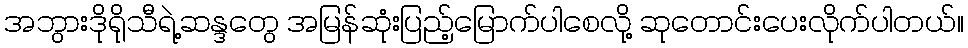
အဘွားဒိုရိုသီရဲ့ဆန္ဒတွေ အမြန်ဆုံးပြည့်မြောက်ပါစေလို့ ဆုတောင်းပေးလိုက်ပါတယ်။